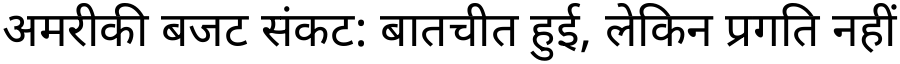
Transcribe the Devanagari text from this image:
अमरीकी बजट संकट: बातचीत हुई, लेकिन प्रगति नहीं